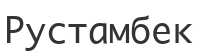
Рустамбек